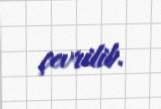
çevrilib.